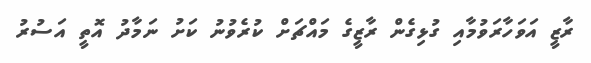
ރާޒީ އަވަހާރަވުމާއި ގުޅިގެން ރާޒީގެ މައްޗަށް ކުރެވުނު ކަށު ނަމާދު އޮތީ އަސުރު